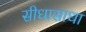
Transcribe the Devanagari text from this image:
सीधासाधा